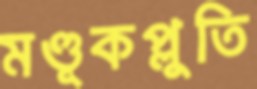
মণ্ডূকপ্লুতি